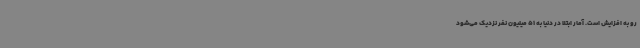
رو به افزایش است. آمار ابتلا در دنیا به 51 میلیون نفر نزدیک می‌شود